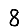
Digit: 8